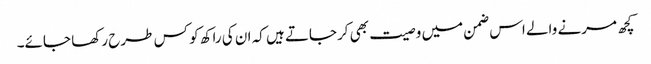
کچھ مرنے والے اس ضمن میں وصیت بھی کرجاتے ہیں کہ ان کی راکھ کو کس طرح رکھا جائے۔